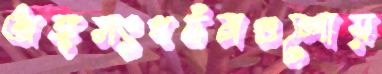
অঙ্গসংগঠনগুলোয়